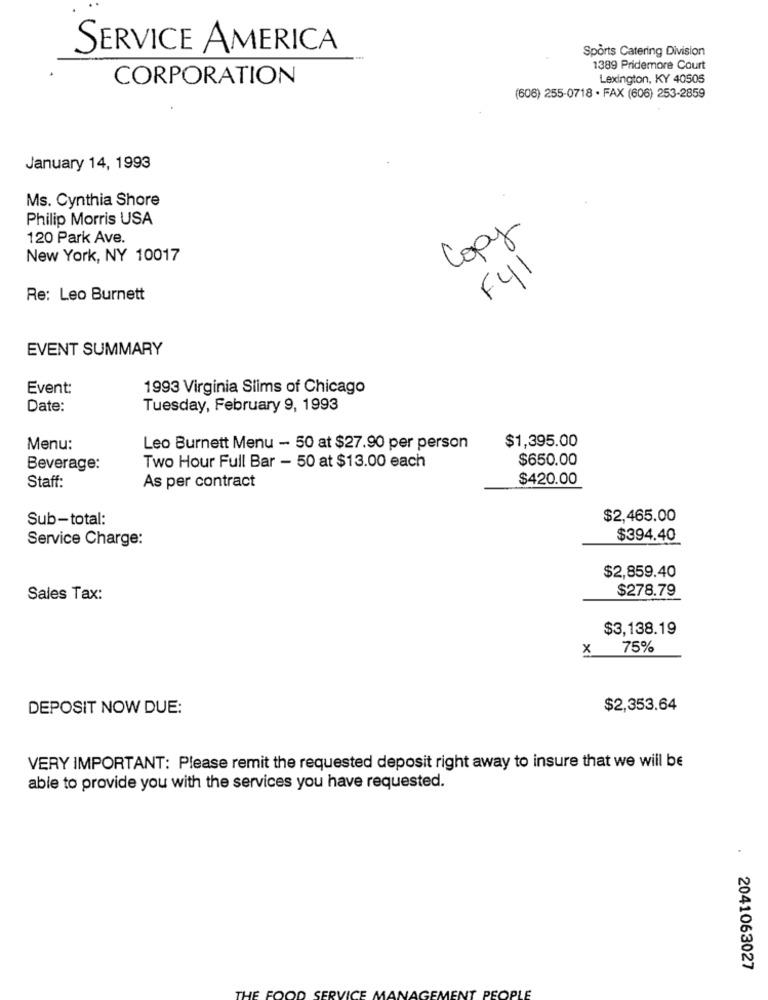
SERVICE AMERICA
Sports Catering Division
1389 Pridemore Court
CORPORATION
Lexington, KY 40505
(606) 255-0718 - FAX (606) 253-2859
January 14, 1993
Ms. Cynthia Shore
Philip Morris USA
120 Park Ave.
Copy
New York, NY 10017
F41
Re: Leo Burnett
EVENT SUMMARY
Event:
1993 Virginia Slims of Chicago
Date:
Tuesday, February 9, 1993
Menu:
Leo Burnett Menu - 50 at $27.90 per person
$1,395.00
$650.00
Beverage:
Two Hour Full Bar - 50 at $13.00 each
Staff:
$420.00
As per contract
Sub-total:
$2,465.00
Service Charge:
$394.40
$2,859.40
$278.79
Sales Tax:
$3,138.19
X
75%
DEPOSIT NOW DUE:
$2,353.64
VERY IMPORTANT: Please remit the requested deposit right away to insure that we will be
able to provide you with the services you have requested.
2041063027
NT PEOPLE
THE FOOD SERVICE